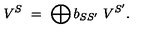
V ^ { S } \ = \ \bigoplus b _ { S S ^ { \prime } } \ V ^ { S ^ { \prime } } .